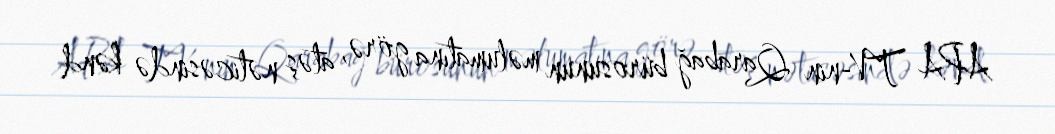
APA TV-nin Qarabağ bürosunun məlumatına görə, atəş nəticəsində kənd